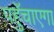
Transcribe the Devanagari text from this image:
पहुॅचाएगा